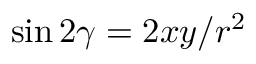
\sin { 2 \gamma } = 2 x y / r ^ { 2 }